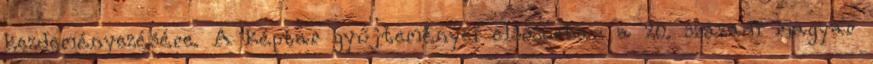
kezdeményezésére. A képtár gyűjteményei elsősorban a 20. századi magyar